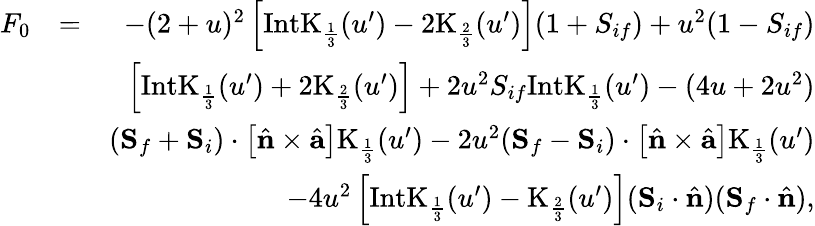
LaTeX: \begin{array}{rlr}{F_{0}}&{=}&{-(2+u)^{2}\left[\mathrm{IntK}_{\frac{1}{3}}(u^{\prime})-2\mathrm{K}_{\frac{2}{3}}(u^{\prime})\right](1+{S}_{if})+u^{2}(1-{S}_{if})}\\ &{}&{\left[\mathrm{IntK}_{\frac{1}{3}}(u^{\prime})+2\mathrm{K}_{\frac{2}{3}}(u^{\prime})\right]+2u^{2}{S}_{if}\mathrm{IntK}_{\frac{1}{3}}(u^{\prime})-(4u+2u^{2})}\\ &{}&{({\mathbf S}_{f}+{\mathbf S}_{i})\cdot\left[\hat{\mathbf n}\times\hat{{\mathbf a}}\right]\mathrm{K}_{\frac{1}{3}}(u^{\prime})-2u^{2}({\mathbf S}_{f}-{\mathbf S}_{i})\cdot\left[\hat{\mathbf n}\times\hat{{\mathbf a}}\right]\mathrm{K}_{\frac{1}{3}}(u^{\prime})}\\ &{}&{-4u^{2}\left[\mathrm{IntK}_{\frac{1}{3}}(u^{\prime})-\mathrm{K}_{\frac{2}{3}}(u^{\prime})\right]({\mathbf S}_{i}\cdot\hat{\mathbf n})({\mathbf S}_{f}\cdot\hat{\mathbf n}),}\end{array}